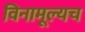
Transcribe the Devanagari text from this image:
विनामूल्यच